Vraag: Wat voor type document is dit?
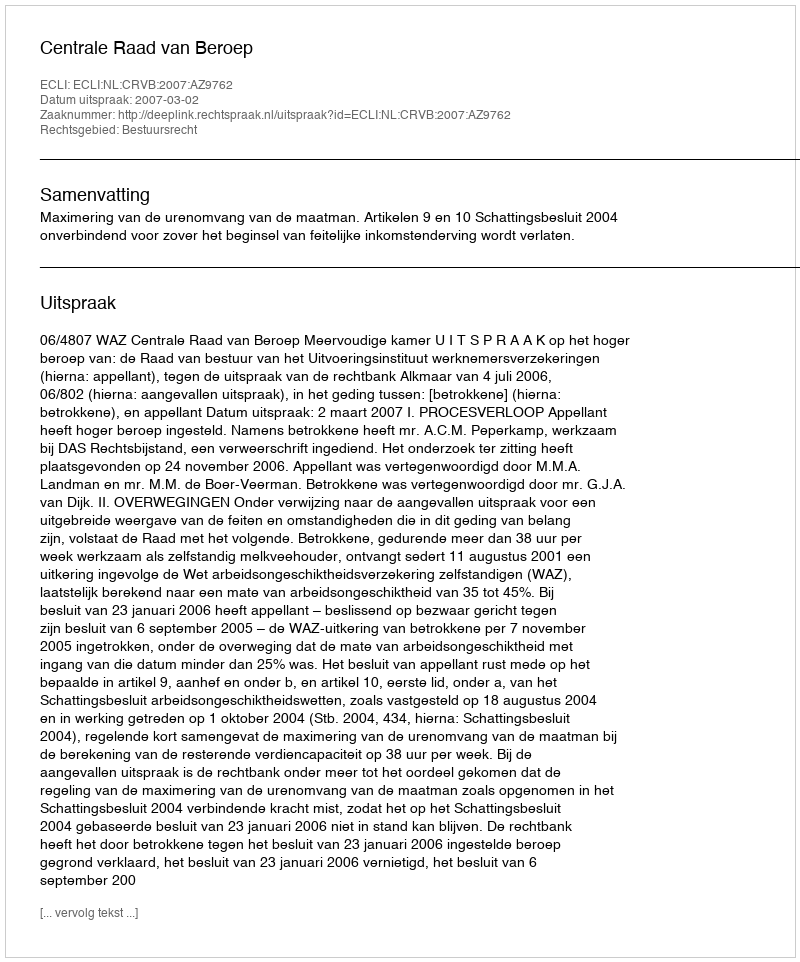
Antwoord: Uitspraak